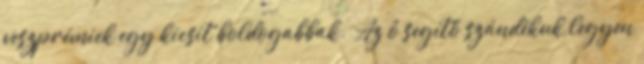
veszprémiek egy kicsit boldogabbak. “Az ő segítő szándékuk legyen